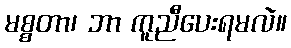
မစ္စတာ၊ ဘာ ကူညီပေးရမလဲ။